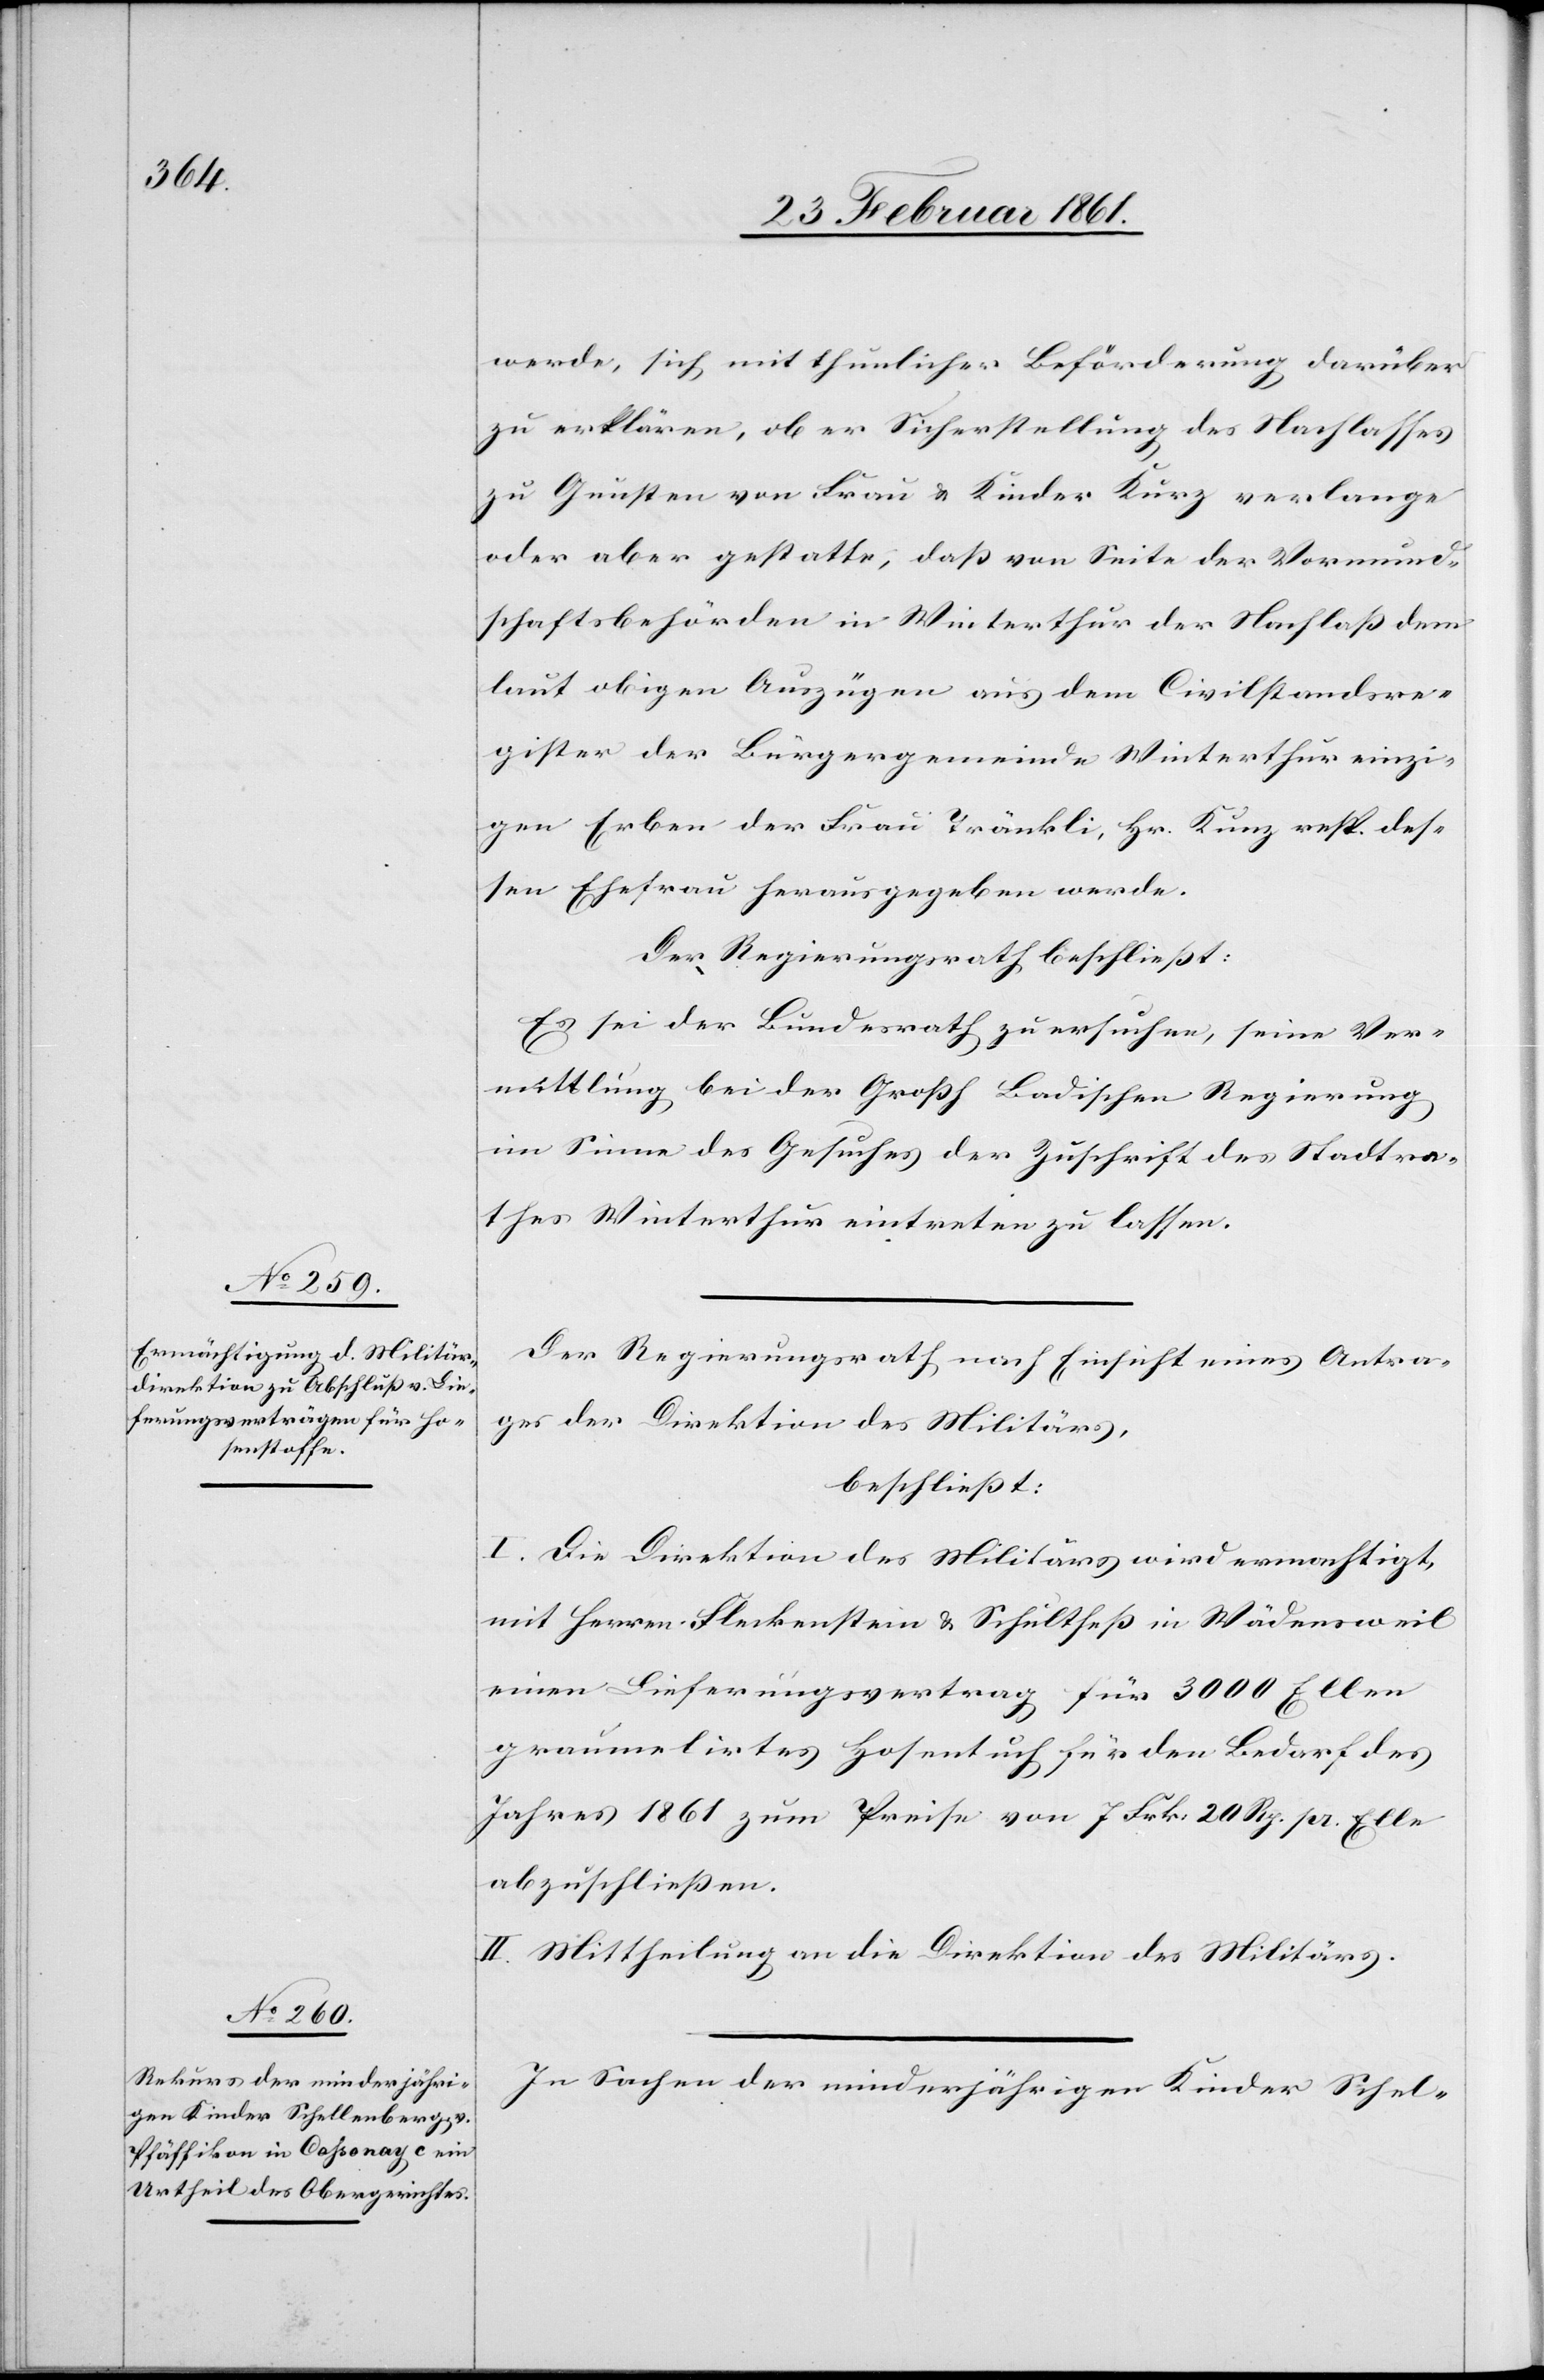
werde, sich mit thunlicher Beförderung darüber
zu erklären, ob er Sicherstellung des Nachlasses
zu Gunsten von Frau u. Kinder Kurz verlange
oder aber gestatte, dass von Seite der Vormund¬
schaftsbehörden in Winterthur der Nachlass dem
laut obigen Auszügen aus dem Civilstandesre¬
gister der Bürgergemeinde Winterthur einzi¬
gen Erben der Frau Tränkli, Hr. Kunz [sic!] resp. des¬
sen Ehefrau herausgegeben werde.
Der Regierungsrath beschliesst:
Es sei der Bundesrath zu ersuchen, seine Ver¬
mittlung bei der Grossh. Badischen Regierung
im Sinne des Gesuches der Zuschrift des Stadtra¬
thes Winterthur eintreten zu lassen.
Der Regierungsrath, nach Einsicht eines Antra¬
ges der Direktion des Militärs,
beschliesst:
I. Die Direktion des Militärs wird ermachtigt
mit Herren Fleckenstein u. Schulthess in Wädensweil
einen Lieferungsvertrag für 3000 Ellen
graumelirtes Hosentuch für den Bedarf des
Jahres 1861 zum Preise von 7 Frk. 20 Rp. pr. Elle
abzuschliessen.
II. Mittheilung an die Direktion des Militärs.
In Sachen der minderjährigen Kinder Schel-